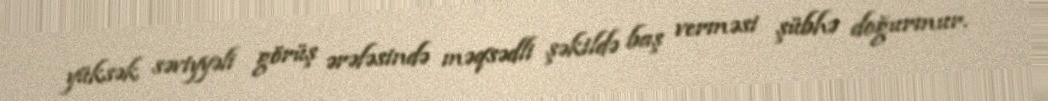
yüksək səviyyəli görüş ərəfəsində məqsədli şəkildə baş verməsi şübhə doğurmur.